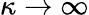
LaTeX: \kappa\to\infty